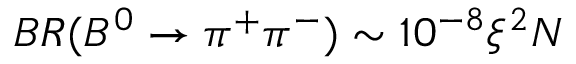
B R ( B ^ { 0 } \to \pi ^ { + } \pi ^ { - } ) \sim 1 0 ^ { - 8 } \xi ^ { 2 } N